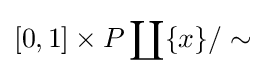
[0,1]\times P\coprod \{x\}/\sim